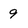
Character: 9